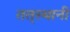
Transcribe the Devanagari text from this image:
तत्‌स्थानी